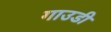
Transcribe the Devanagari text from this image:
गाउडी